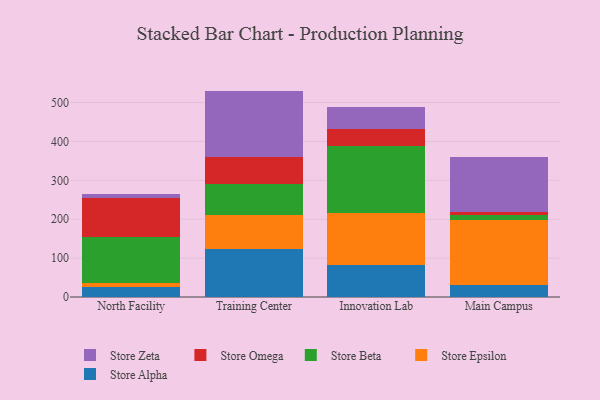
{"axis": {"x": "Campus", "y": "Bounce Rate (%)"}, "legend": ["Store Alpha", "Store Beta", "Store Epsilon", "Store Omega", "Store Zeta"], "data": [{"x": "North Facility", "y": 26.0, "type": "Store Alpha"}, {"x": "North Facility", "y": 9.5, "type": "Store Epsilon"}, {"x": "North Facility", "y": 118.8, "type": "Store Beta"}, {"x": "North Facility", "y": 101.5, "type": "Store Omega"}, {"x": "North Facility", "y": 8.3, "type": "Store Zeta"}, {"x": "Training Center", "y": 123.0, "type": "Store Alpha"}, {"x": "Training Center", "y": 87.1, "type": "Store Epsilon"}, {"x": "Training Center", "y": 79.3, "type": "Store Beta"}, {"x": "Training Center", "y": 69.8, "type": "Store Omega"}, {"x": "Training Center", "y": 170.9, "type": "Store Zeta"}, {"x": "Innovation Lab", "y": 82.2, "type": "Store Alpha"}, {"x": "Innovation Lab", "y": 134.0, "type": "Store Epsilon"}, {"x": "Innovation Lab", "y": 171.1, "type": "Store Beta"}, {"x": "Innovation Lab", "y": 44.3, "type": "Store Omega"}, {"x": "Innovation Lab", "y": 56.9, "type": "Store Zeta"}, {"x": "Main Campus", "y": 31.4, "type": "Store Alpha"}, {"x": "Main Campus", "y": 167.5, "type": "Store Epsilon"}, {"x": "Main Campus", "y": 11.6, "type": "Store Beta"}, {"x": "Main Campus", "y": 8.9, "type": "Store Omega"}, {"x": "Main Campus", "y": 141.3, "type": "Store Zeta"}]}